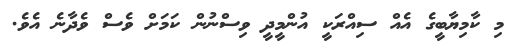
މި ކާމިޔާބީގެ އެއް ސިއްރަކީ އުންމީދީ ވިސްނުން ކަމަށް ވެސް ވެދާނެ އެވެ.